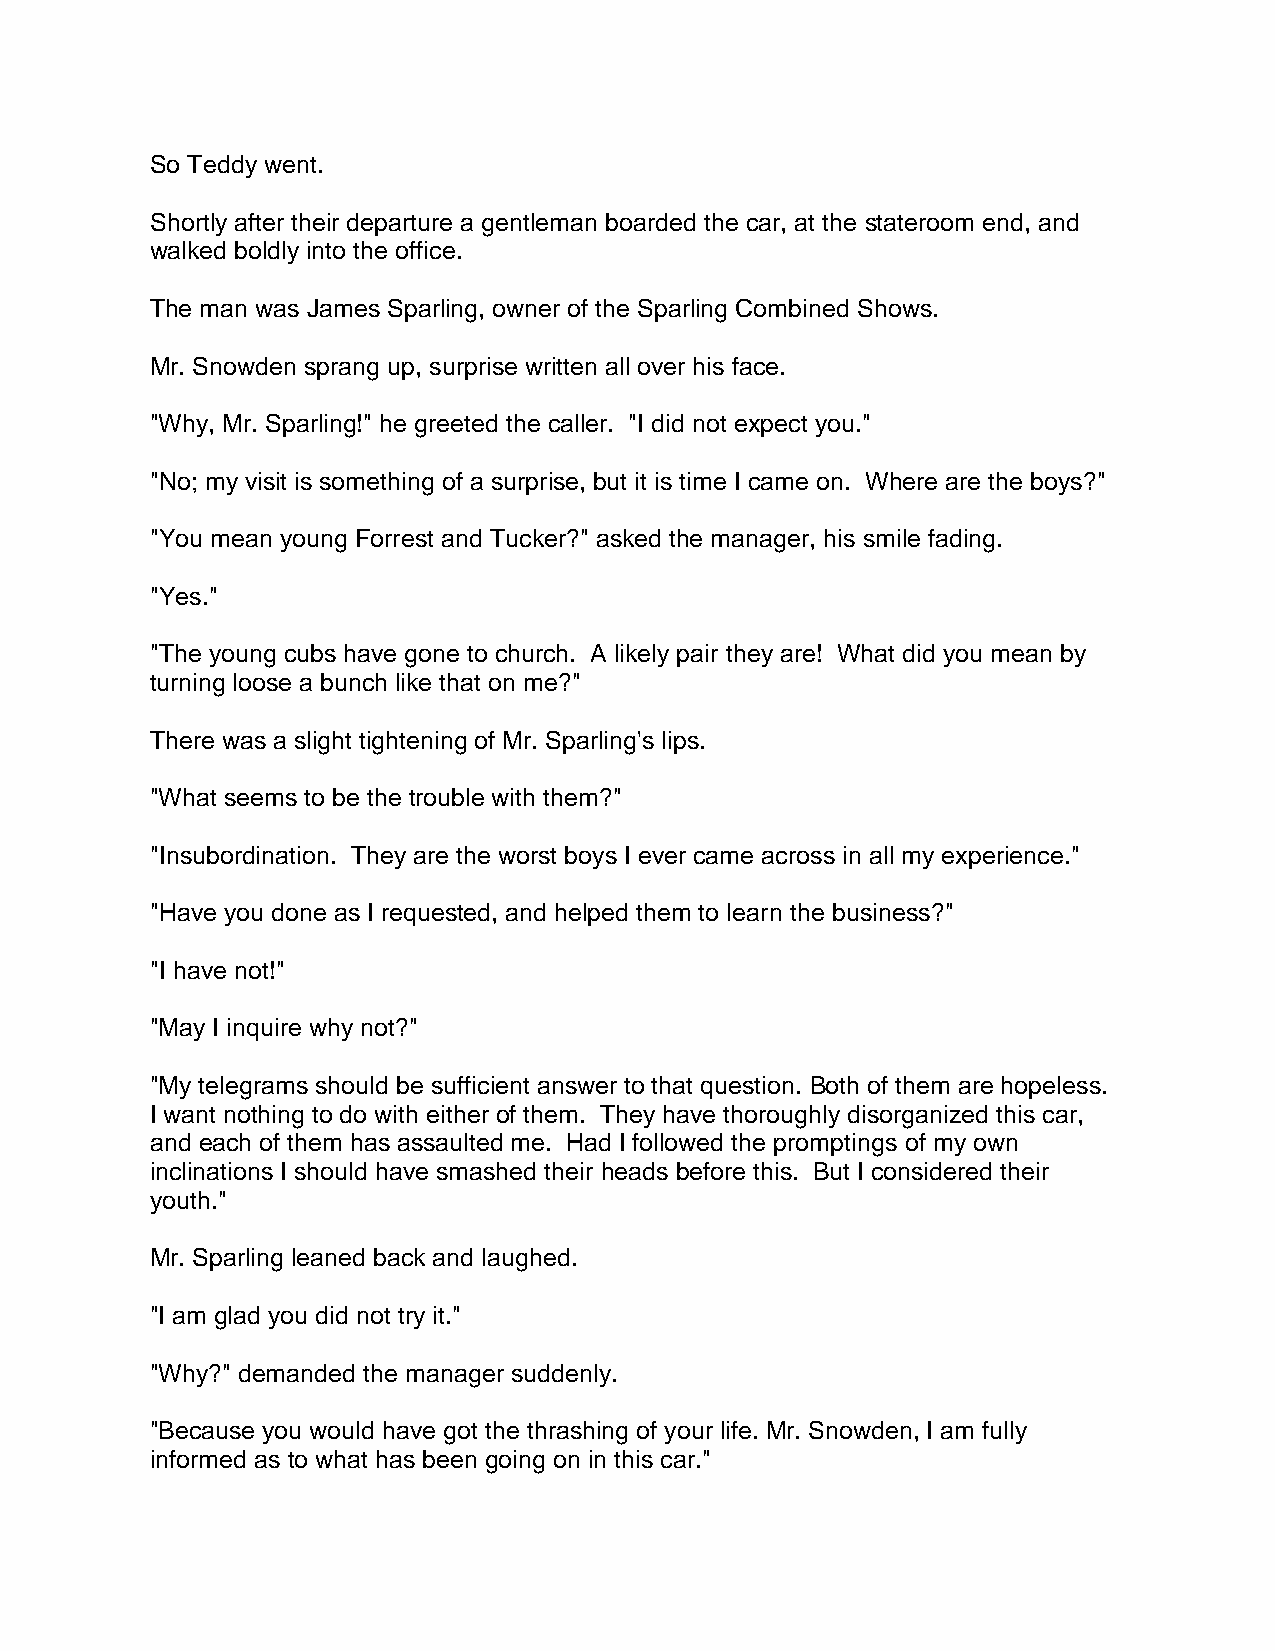
So Teddy went.
 Shortly after their departure a gentleman boarded the car, at the stateroom end, and
 walked boldly into the office.
 The man was James Sparling, owner of the Sparling Combined Shows.
 Mr. Snowden sprang up, surprise written all over his face.
 "Why, Mr. Sparling!" he greeted the caller. "I did not expect you."
 "No; my visit is something of a surprise, but it is time I came on. Where are the boys?"
 "You mean young Forrest and Tucker?" asked the manager, his smile fading.
 "Yes."
 "The young cubs have gone to church. A likely pair they are! What did you mean by
 turning loose a bunch like that on me?"
 There was a slight tightening of Mr. Sparling's lips.
 "What seems to be the trouble with them?"
 "Insubordination. They are the worst boys I ever came across in all my experience."
 "Have you done as I requested, and helped them to learn the business?"
 "I have not!"
 "May I inquire why not?"
 "My telegrams should be sufficient answer to that question. Both of them are hopeless.
 I want nothing to do with either of them. They have thoroughly disorganized this car,
 and each of them has assaulted me. Had I followed the promptings of my own
 inclinations I should have smashed their heads before this. But I considered their
 youth."
 Mr. Sparling leaned back and laughed.
 "I am glad you did not try it."
 "Why?" demanded the manager suddenly.
 "Because you would have got the thrashing of your life. Mr. Snowden, I am fully
 informed as to what has been going on in this car."